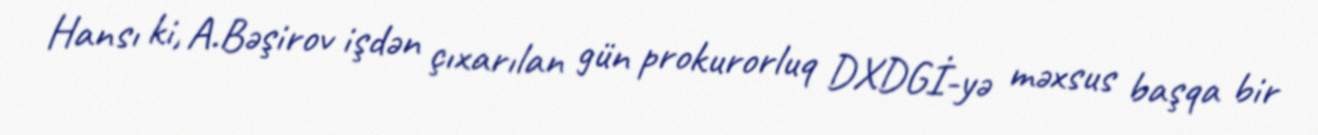
Hansı ki, A.Bəşirov işdən çıxarılan gün prokurorluq DXDGİ-yə məxsus başqa bir